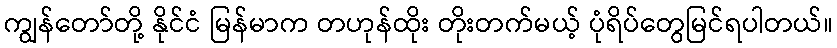
ကျွန်တော်တို့ နိုင်ငံ မြန်မာက တဟုန်ထိုး တိုးတက်မယ့် ပုံရိပ်တွေမြင်ရပါတယ်။